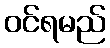
ဝင်ရမည်